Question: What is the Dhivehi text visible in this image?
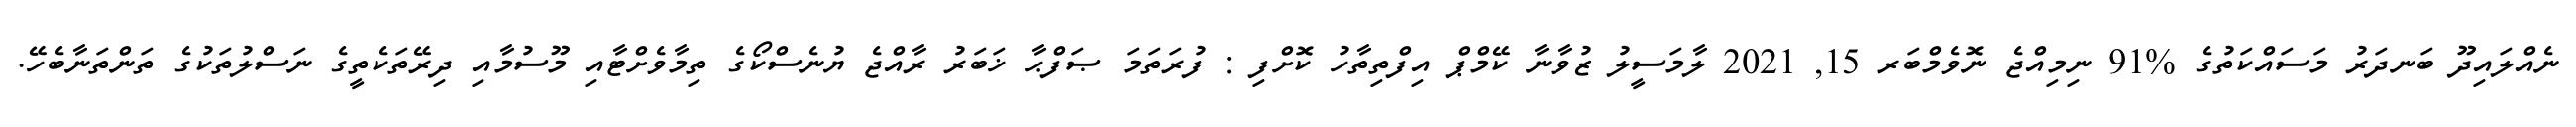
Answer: ނެއްލައިދޫ ބަނދަރު މަސައްކަތުގެ %91 ނިމިއްޖެ ނޮވެމްބަރ 15, 2021 ލާމަސީލު ޒުވާނާ ކޭމްޕް އިފްތިތާހު ކޮށްފި : ފުރަތަމަ ޞަފްޙާ ޚަބަރު ރާއްޖެ ޔުނެސްކޯގެ ތިމާވެށްޓާއި މޫސުމާއި ދިރޭތަކެތީގެ ނަސްލުތަކުގެ ތަންތަނާބެހޭ.